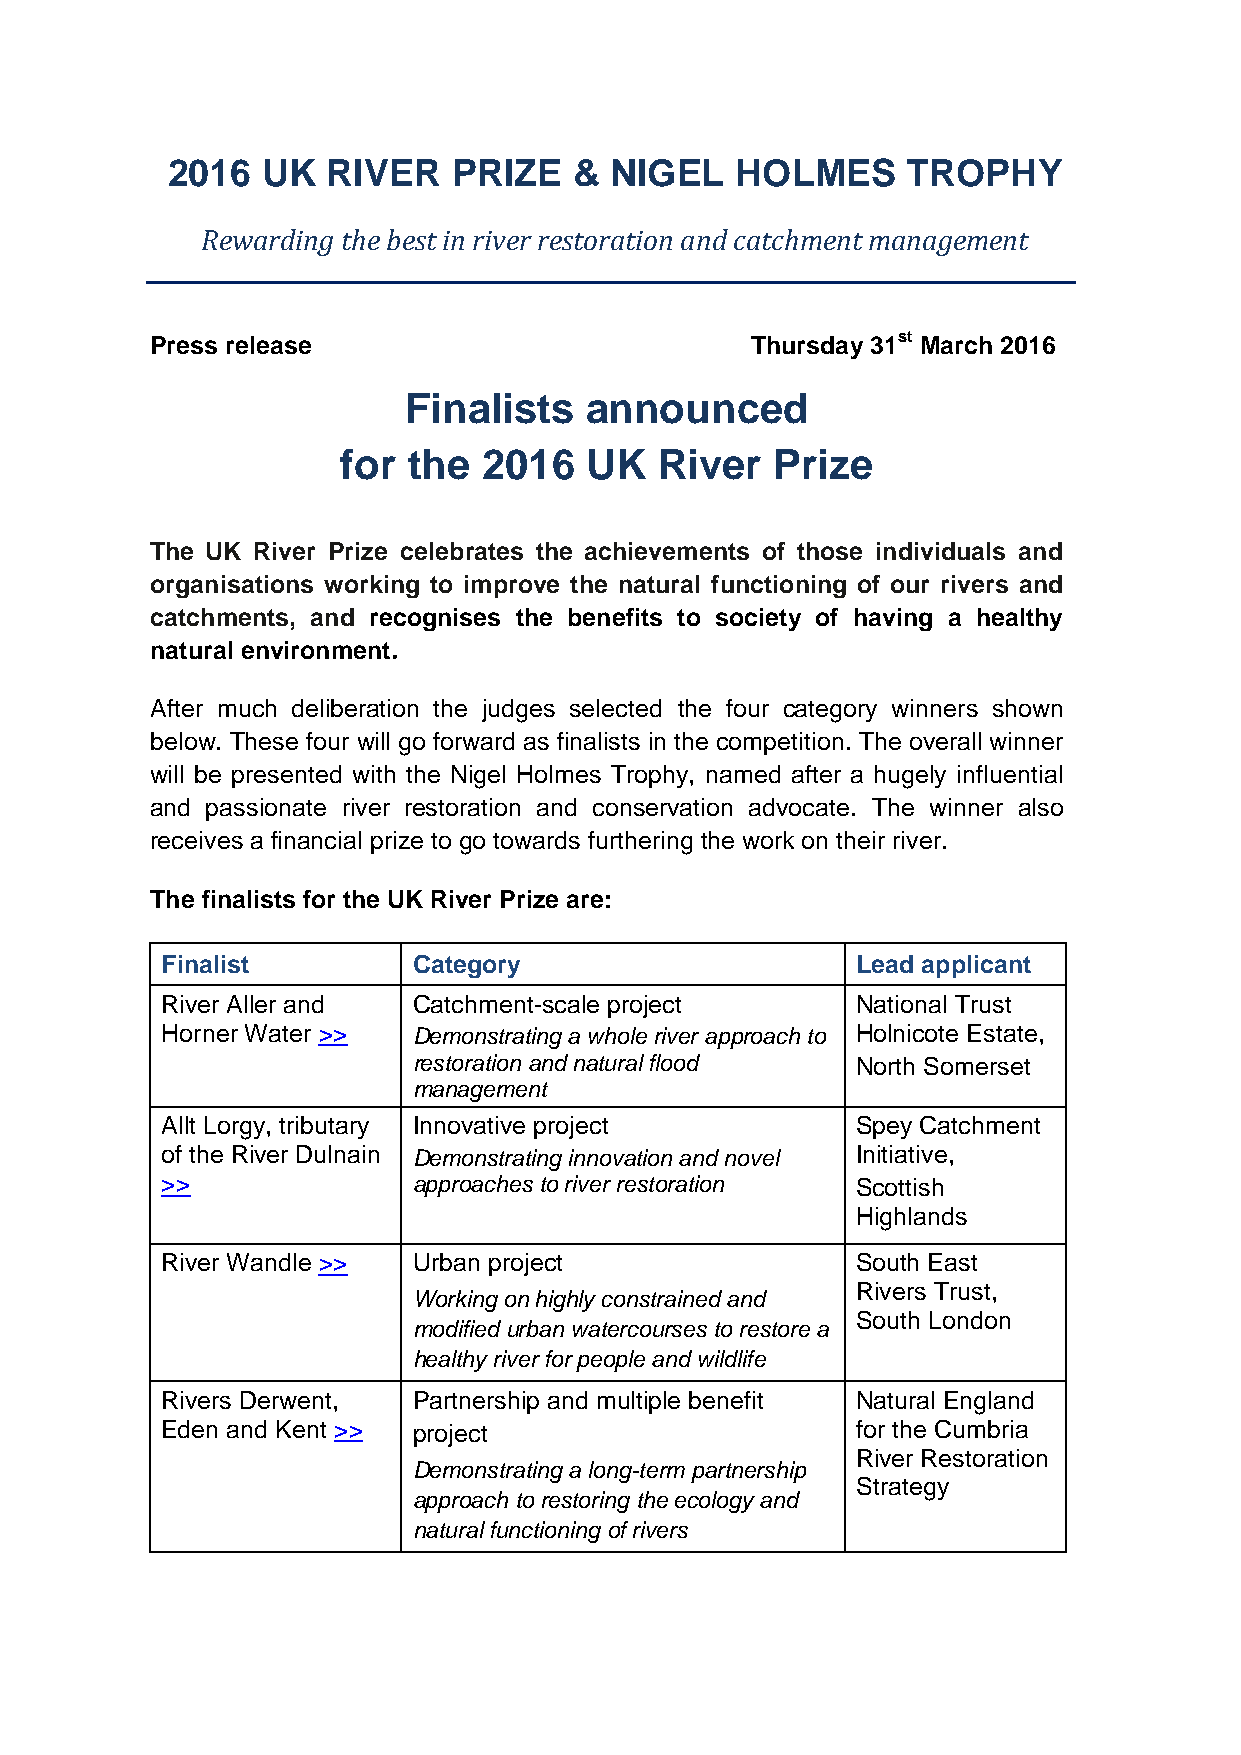
2016  UK   RIVER   PRIZE   & NIGEL    HOLMES     TROPHY
 Rewarding the best in river restoration and catchment management
 Press release                           Thursday 31st March 2016
 Finalists   announced
 for the  2016   UK   River  Prize
 The UK River Prize celebrates the achievements of those individuals and
 organisations working to improve the natural functioning of our rivers and
 catchments, and recognises the benefits to society of having a healthy
 natural environment.
 After much deliberation the judges selected the four category winners shown
 below. These four will go forward as finalists in the competition. The overall winner
 will be presented with the Nigel Holmes Trophy, named after a hugely influential
 and passionate river restoration and conservation advocate. The winner also
 receives a financial prize to go towards furthering the work on their river.
 The finalists for the UK River Prize are:
 Finalist        Category                      Lead applicant
 River Aller and Catchment-scale project       National Trust
 Horner Water >> Demonstrating a whole river approach to Holnicote Estate,
 restoration and natural flood North Somerset
 management
 Allt Lorgy, tributary Innovative project      Spey Catchment
 of the River Dulnain Demonstrating innovation and novel Initiative,
 >>              approaches to river restoration Scottish
 Highlands
 River Wandle >> Urban project                 South East
 Rivers Trust,
 Working on highly constrained and
 South London
 modified urban watercourses to restore a
 healthy river for people and wildlife
 Rivers Derwent, Partnership and multiple benefit Natural England
 Eden and Kent >> project                      for the Cumbria
 River Restoration
 Demonstrating a long-term partnership
 Strategy
 approach to restoring the ecology and
 natural functioning of rivers